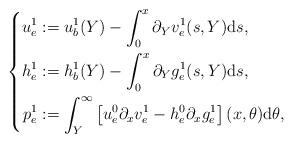
LaTeX: \begin{align*}\left \{\begin{aligned}u^1_e&:=u^1_b(Y)-\int_0^x\partial_Y v^1_e(s,Y)\mathrm{d}s,\\h^1_e&:=h^1_b(Y)-\int_0^x\partial_Y g^1_e(s,Y)\mathrm{d}s,\\p^1_e&:=\int_Y^\infty \left[u^0_e\partial_x v^1_e-h^0_e\partial_x g^1_e\right](x,\theta)\mathrm{d}\theta,\end{aligned}\right.\end{align*}